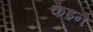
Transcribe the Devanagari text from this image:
केइने